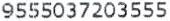
9555037203555